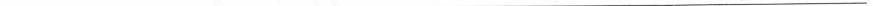
___